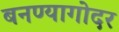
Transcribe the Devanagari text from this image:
बनण्यागोदर